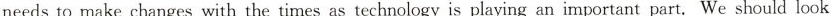
needs to make changes with the times as technology is playing an important part. We should look